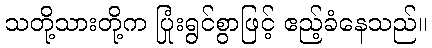
သတို့သားတို့က ပြုံးရွင်စွာဖြင့် ဧည့်ခံနေသည်။